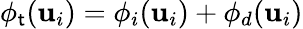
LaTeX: \phi_{\mathsf{t}}(\mathbf{{u}}_{i})=\phi_{i}(\mathbf{{u}}_{i})+\phi_{d}(\mathbf{{u}}_{i})